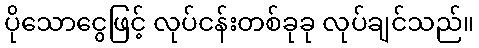
ပိုသောငွေဖြင့် လုပ်ငန်းတစ်ခုခု လုပ်ချင်သည်။